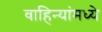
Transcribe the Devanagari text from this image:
वाहिन्यांमध्ये